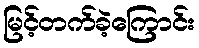
မြင့်တက်ခဲ့ကြောင်း